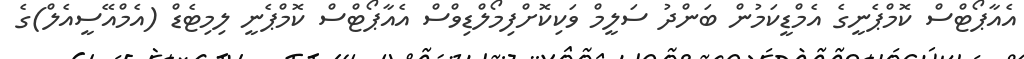
އެއާޕޯޓްސް ކޮމްޕެނީގެ އެމްޑީކަމުން ބަންދު ސަލީމް ވަކިކޮށްފިމޯލްޑިވްސް އެއާޕޯޓްސް ކޮމްޕެނީ ލިމިޓެޑް (އެމްއޭސީއެލް)ގެ